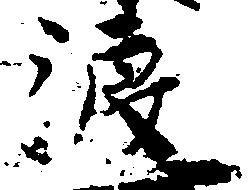
渡